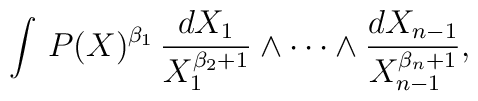
\int \, P(X)^{\beta_1} \, {{dX_1}\over{X_1^{\beta_2+1}}}\wedge\cdots\wedge{{dX_{n-1}}\over{X_{n-1}^{\beta_n+1}}},